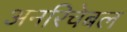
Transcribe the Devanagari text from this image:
अनरिचेबल